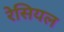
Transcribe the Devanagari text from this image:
रेसियल